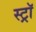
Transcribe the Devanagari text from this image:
स्ट्राॅ